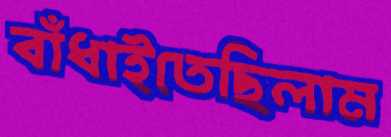
বাঁধাইতেছিলাম